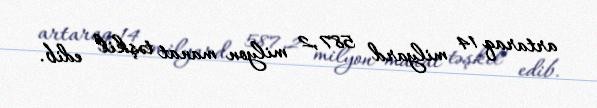
artaraq 14 milyard 587,2 milyon manat təşkil edib.